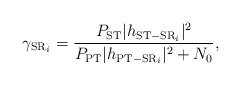
\begin{align*}\gamma_{\mathrm{SR}_i} = \frac{P_{\mathrm{ST}}|h_{\mathrm{ST-SR}_i}|^2}{P_{\mathrm{PT}}|h_{\mathrm{PT-SR}_i}|^2 + N_0},\end{align*}